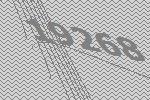
19268